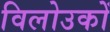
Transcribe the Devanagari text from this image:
विलोउकों